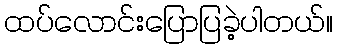
ထပ်လောင်းပြောပြခဲ့ပါတယ်။